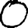
Digit: 0